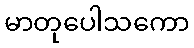
မာတုပေါသကော